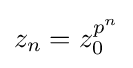
z_{n}=z_{0}^{p^{n}}